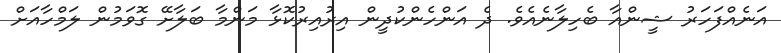
އަނެއްފަހަރު ޝީންއާ ބެހިލާނެއެވެ. ދެ އަންހެންކުދީން އިރުއިރުކޮޅާ މަންމާ ބަލާށޭ ގޮވަމުން ލަމްހާއަށް